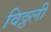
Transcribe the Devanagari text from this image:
विठ्ठली